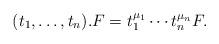
LaTeX: \begin{align*} (t_1,\dots, t_n ).F=t_1^{\mu_1}\cdots t_n^{\mu_n}F.\end{align*}